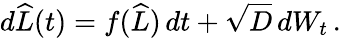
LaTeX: d\widehat{L}(t)=f(\widehat{L})\, dt+\sqrt{D}\, dW_{t}\, .